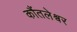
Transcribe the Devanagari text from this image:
कौंतलेश्वर